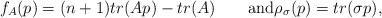
LaTeX: \begin{align*}f_A(p)=(n+1)tr(Ap)-tr(A)\qquad\mbox{and}\rho_\sigma(p)=tr(\sigma p),\end{align*}